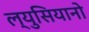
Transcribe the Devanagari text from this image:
ल्युसियानो